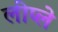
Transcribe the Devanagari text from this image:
लीप्ले